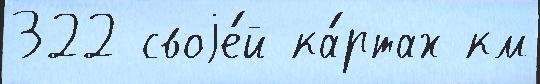
322 своjе́й ка́ртах км